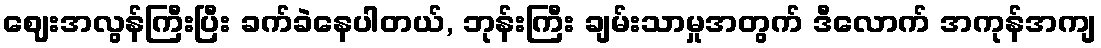
ဈေးအလွန်ကြီးပြီး ခက်ခဲနေပါတယ်, ဘုန်းကြီး ချမ်းသာမှုအတွက် ဒီလောက် အကုန်အကျ